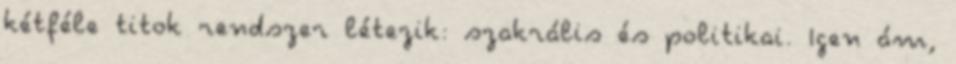
két­féle titok rendszer létezik: szakrális és politi­kai. Igen ám,